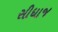
સીધાજ